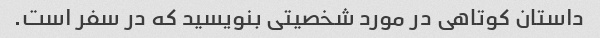
داستان کوتاهی در مورد شخصیتی بنویسید که در سفر است.